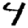
Digit: 4